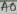
Text: A0